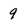
Character: 9